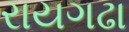
રાયગઢા